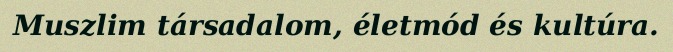
Muszlim társadalom, életmód és kultúra.